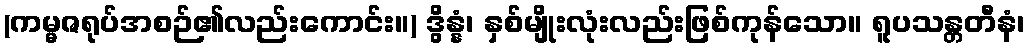
(ကမ္မဇရုပ်အစဉ်၏လည်းကောင်း။) ဒွိန္နံ၊ နှစ်မျိုးလုံးလည်းဖြစ်ကုန်သော။ ရူပသန္တတီနံ၊